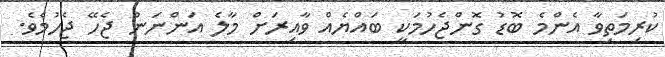
ކުރިމަތިވާ އެންމެ ބޮޑު ގޮންޖެހުމަކީ ބައްޔެއް ވާއިރަށް މާލެ އަންނަން ޖެހޭ ޖެހުމެވެ.